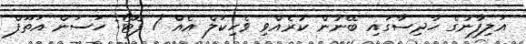
އަލިފާނުގެ ހާދިސާގައި ބޭނުން ކުރެއްވި ވެހިކަލް އެއް / ފޮޓޯ: ހަސަން އަތޫފް